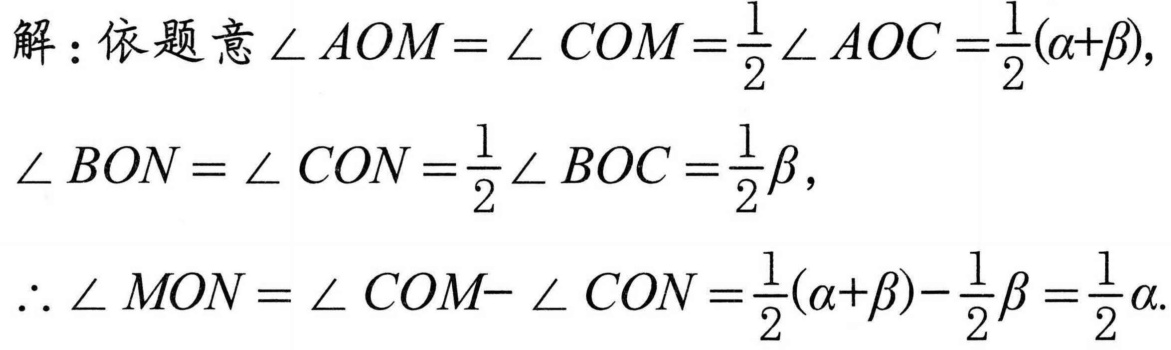
解：依题意$\angle AOM=\angle COM=\frac{1}{2}\angle AOC=\frac{1}{2}(\alpha+\beta),$
$\angle BON=\angle CON=\frac{1}{2}\angle BOC=\frac{1}{2}\beta,$
$\therefore\angle MON=\angle COM - \angle CON=\frac{1}{2}(\alpha+\beta)-\frac{1}{2}\beta=\frac{1}{2}\alpha.$